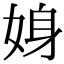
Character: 㛛